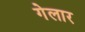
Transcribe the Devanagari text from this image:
गेलार